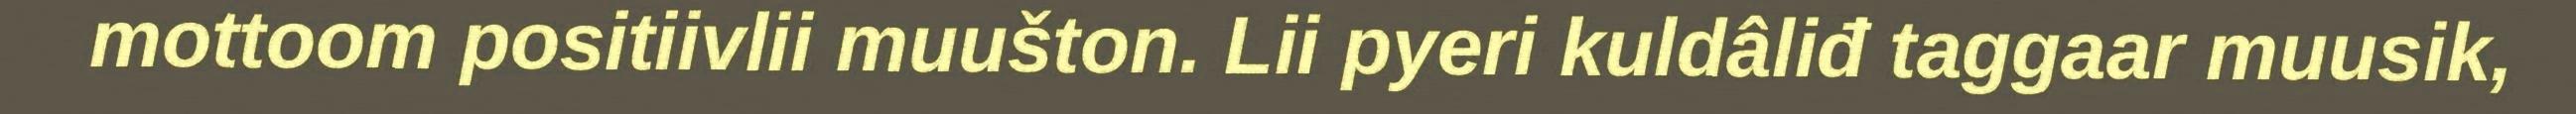
mottoom positiivlii muušton. Lii pyeri kuldâliđ taggaar muusik,